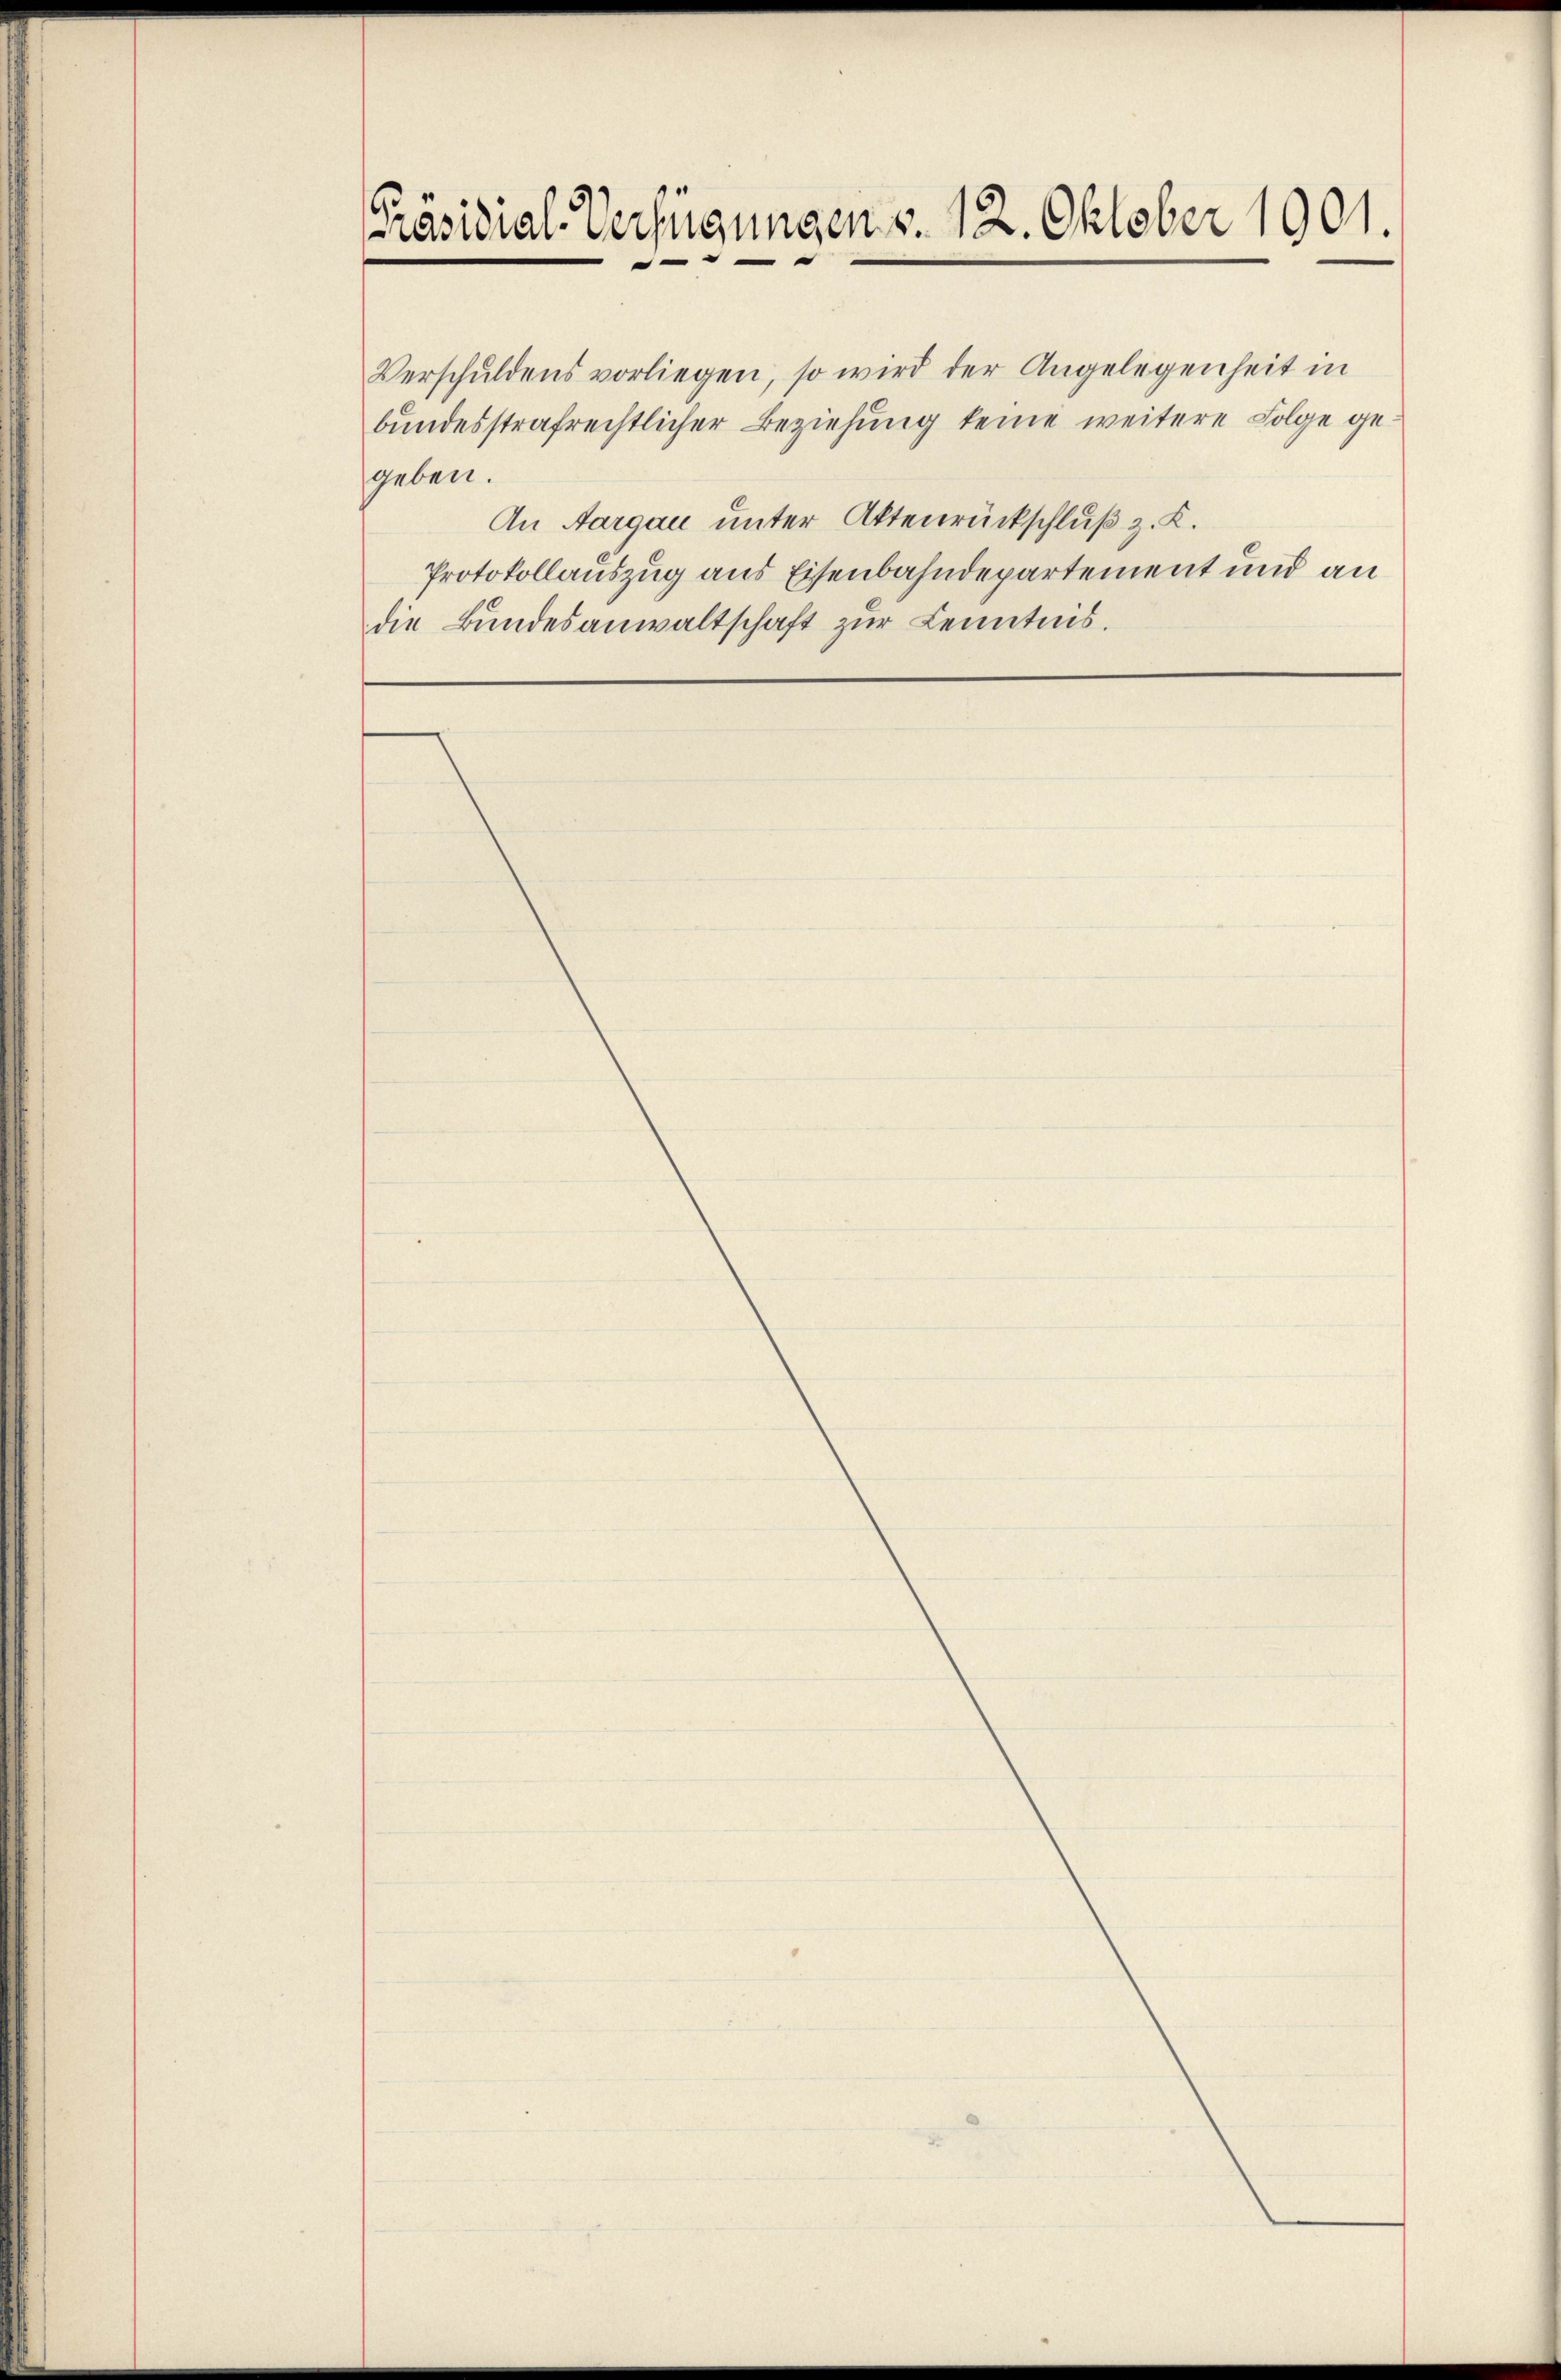
[Präsidial-Verfügungen v. 12. Oktober 1901.

Verschŭldens vorliegen, so wird der Angelegenheit in
bundesstrafrechtlicher Beziehung keine weitere Folge ge¬
An Aargau unter Aktenrückschluß z. K.
Protokollauszug aus Eisenbahndepartement und an
die Bundesanwaltschaft zur Kenntnis.

geben.